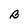
Character: B